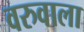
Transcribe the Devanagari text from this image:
वरुवाला